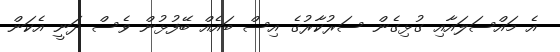
އެ މައްސަލައާއި ގުޅިގެން ސަރުކާރުގެ އިސް ބައެއް ބޭފުޅުން ވެސް ދަނީ އެކަން